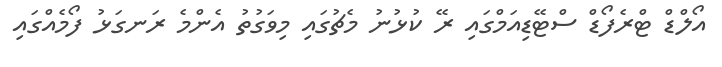
އޯލްޑް ޓްރެފޯޑް ސްޓޭޑިއަމްގައި ރޭ ކުޅުނު މެޗުގައި މިވަގުތު އެންމެ ރަނގަޅު ފޯމެއްގައި